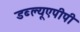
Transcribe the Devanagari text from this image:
डब्ल्यूएपीपी